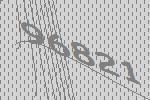
96821